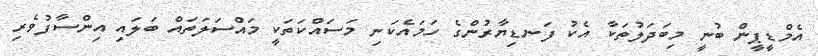
އެމްޑީޕީން ބުނީ މިބަދަލުތަކާ އެކު ފަނޑިޔާރުންގެ ހަމައެކަނި މަސައްކަތަކީ މައްސަލަތައް ބަލައި އިންސާފުވެރި